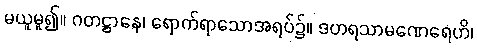
မယူမူ၍။ ဂတဋ္ဌာနေ၊ ရောက်ရာသောအရပ်၌။ ဒဟရသာမဏေရေဟိ၊